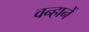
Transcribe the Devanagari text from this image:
वन्हानें